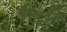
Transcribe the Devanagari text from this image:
ईंसट्रकशन